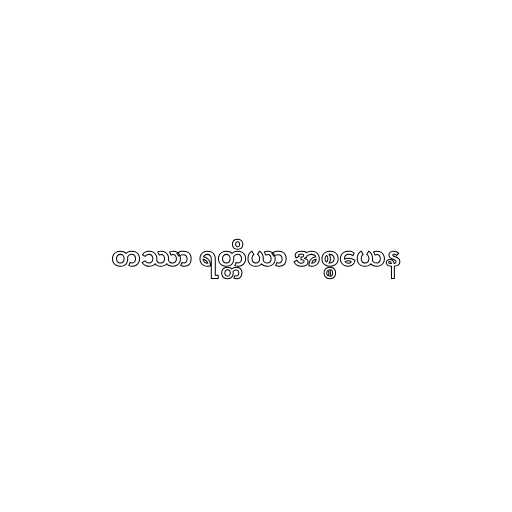
တဿာ ရတ္တိယာ အစ္စယေန